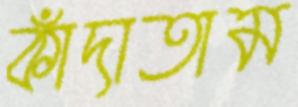
কাঁদাতাম